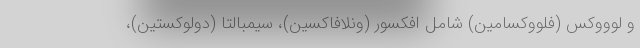
و لوووکس (فلووکسامین) شامل افکسور (ونلافاکسین)، سیمبالتا (دولوکستین)،